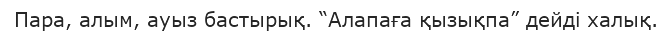
Пара, алым, ауыз бастырық. “Алапаға қызықпа” дейді халық.